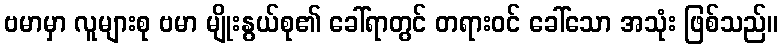
ဗမာမှာ လူများစု ဗမာ မျိုးနွယ်စု၏ ခေါ်ရာတွင် တရားဝင် ခေါ်သော အသုံး ဖြစ်သည်။